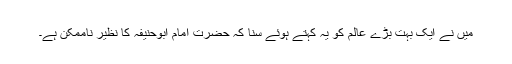
میں نے ایک بہت بڑے عالم کو یہ کہتے ہوئے سنا کہ حضرت امام ابوحنیفہ کا نظیر ناممکن ہے۔